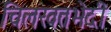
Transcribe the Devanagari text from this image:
चिलखतभेदी